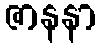
ဇာနနာ